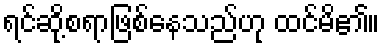
ရင်ဆို့စရာဖြစ်နေသည်ဟု ထင်မိ၏။